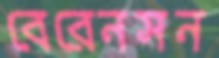
বেরেনসন